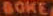
BOKE